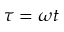
\tau = \omega t